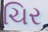
ચિર